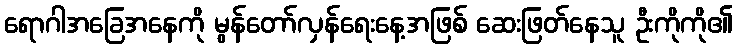
ရောဂါအခြေအနေကို မွန်တော်လှန်ရေးနေ့အဖြစ် ဆေးဖြတ်နေသူ ဦးကိုကို၏